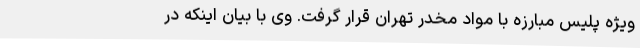
ویژه پلیس مبارزه با مواد مخدر تهران قرار گرفت. وی با بیان اینکه در